Leaving Certificate Examination, 1923
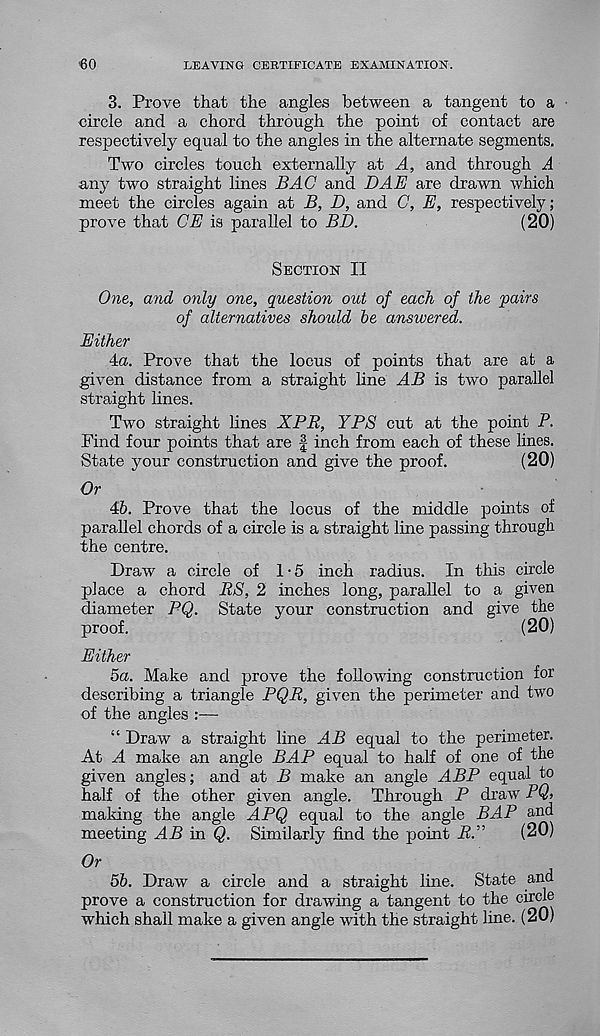
€0
LEAVING CERTIFICATE EXAMINATION.
3. Prove that the angles between a tangent to a
circle and a chord through the point of contact are
respectively equal to the angles in the alternate segments.
Two circles touch externally at A, and through A
any two straight lines BAC and DAE are drawn which
meet the circles again at B, D, and C, E, respectively;
prove that CE is parallel to BD.
(20)
Section II
One, and only one, question out of each of the 'pairs
of alternatives should be answered.
Either
4a. Prove that the locus of points that are at a
given distance from a straight line AB is two parallel
straight lines.
Two straight lines XPR, YPS cut at the point P.
Find four points that are f inch from each of these lines.
State your construction and give the proof.
(20)
Or
46. Prove that the locus of the middle points of
parallel chords of a circle is a straight line passing through
the centre.
Draw a circle of 1-5 inch radius. In this circle
place a chord BS, 2 inches long, parallel to a given
diameter PQ. State your construction and give the
proof.
(20)
Either
5a. Make and prove the following construction for
describing a triangle PQR, given the perimeter and two
of the angles :—
“ Draw a straight line AB equal to the perimeter.
At A make an angle BAP equal to half of one of the
given angles; and at B make an angle ABP equal to
half of the other given angle. Through P draw PQ>
making the angle APQ equal to the angle BAP and
meeting AB in Q. Similarly find the point P.”
(20)
Or
56. Draw a circle and a straight line. State and
prove a construction for drawing a tangent to the chcl®
which shall make a given angle with the straight line. (20)